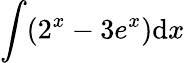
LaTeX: \int(2^{x}-3e^{x})\mathrm{d}x